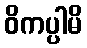
ဝိကပ္ပါမိ